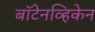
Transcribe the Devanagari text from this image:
बॉटेनव्हिकेन